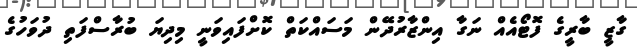
ގާޒީ ބާރީގެ ފޮޓޯއެއް ނަގާ އިންޒާރުދޭން މަސައްކަތް ކޮށްފައިވަނީ މިދިޔަ ބުރާސްފަތި ދުވަހުގެ